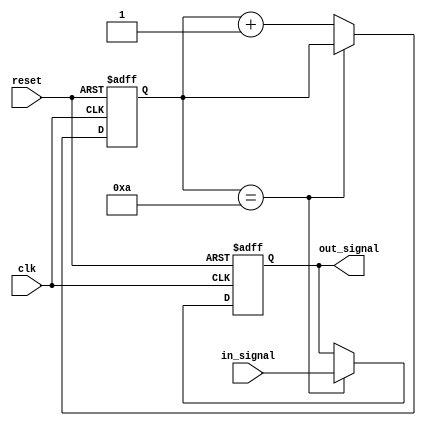
module rc_delay #(
    parameter delay = 10 // Default delay value
)(
    input wire clk, // Clock signal
    input wire reset, // Reset signal
    input wire in_signal, // Input signal to be delayed
    output reg out_signal // Output delayed signal
);

reg [31:0] counter; // 32-bit counter to keep track of delay

always @(posedge clk or posedge reset) begin
    if (reset) begin
        counter <= 0;
        out_signal <= 0;
    end else begin
        if (counter == delay) begin
            out_signal <= in_signal;
        end else begin
            counter <= counter + 1;
        end
    end
end

endmodule